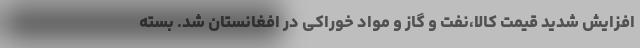
افزایش شدید قیمت کالا،نفت و گاز و مواد خوراکی در افغانستان شد. بسته